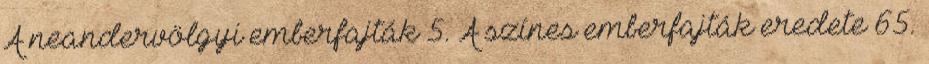
A neandervölgyi emberfajták 5. A színes emberfajták eredete 65.